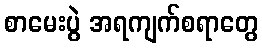
စာမေးပွဲ အရကျက်စရာတွေ